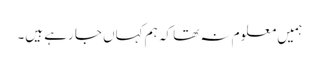
ہمیں معلوم نہ تھا کہ ہم کہاں جا رہے ہیں۔